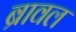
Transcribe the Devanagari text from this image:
ब्रावल